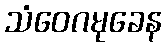
သံဝေဂမုခေန